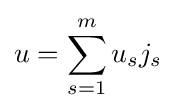
u=\sum \limits _{s=1}^{m}u_{s}j_{s}